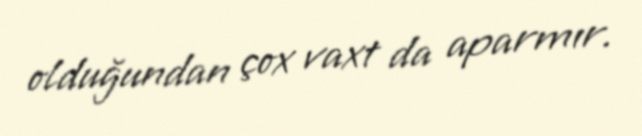
olduğundan çox vaxt da aparmır.